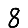
Digit: 8